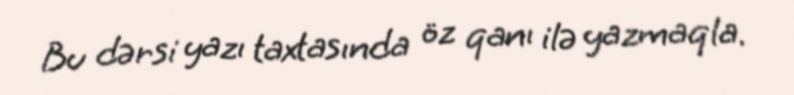
Bu dərsi yazı taxtasında öz qanı ilə yazmaqla.